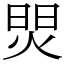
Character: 焸